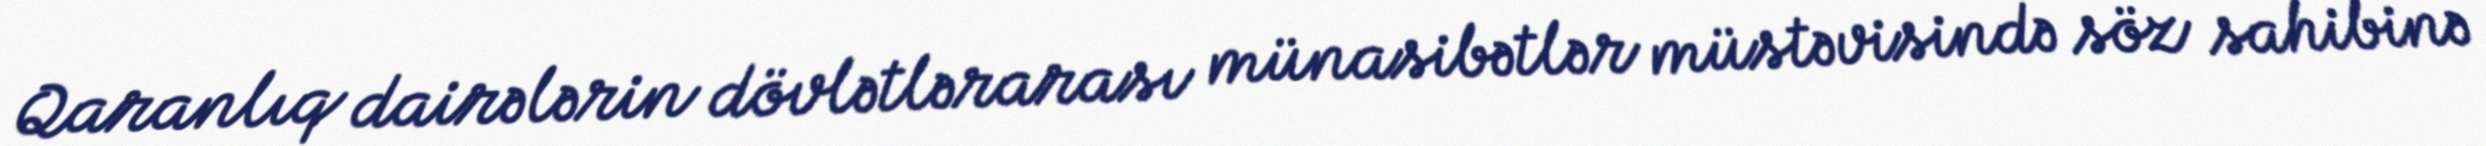
Qaranlıq dairələrin dövlətlərarası münasibətlər müstəvisində söz sahibinə